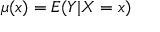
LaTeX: \mu ( x ) = E ( Y | X = x )